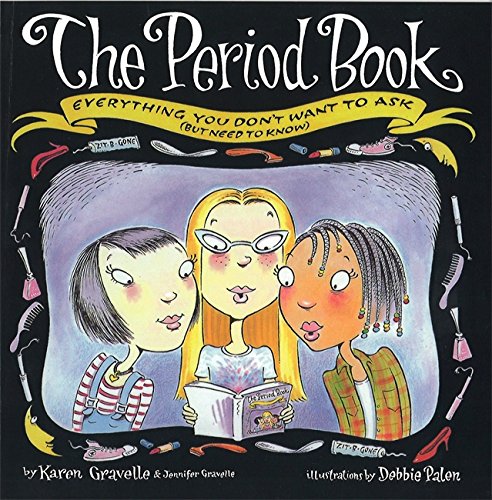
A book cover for Period Book: Everything You Don't Want to Ask (But Need to Know; Karen Gravelle; Teen & Young Adult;